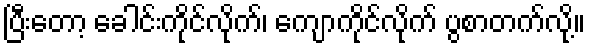
ပြီးတော့ ခေါင်းကိုင်လိုက်၊ ကျောကိုင်လိုက် ပွစာတက်လို့။